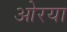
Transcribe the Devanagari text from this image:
ओरया